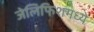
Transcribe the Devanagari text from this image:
जेलिफिशमध्ये